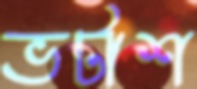
ভটাশ